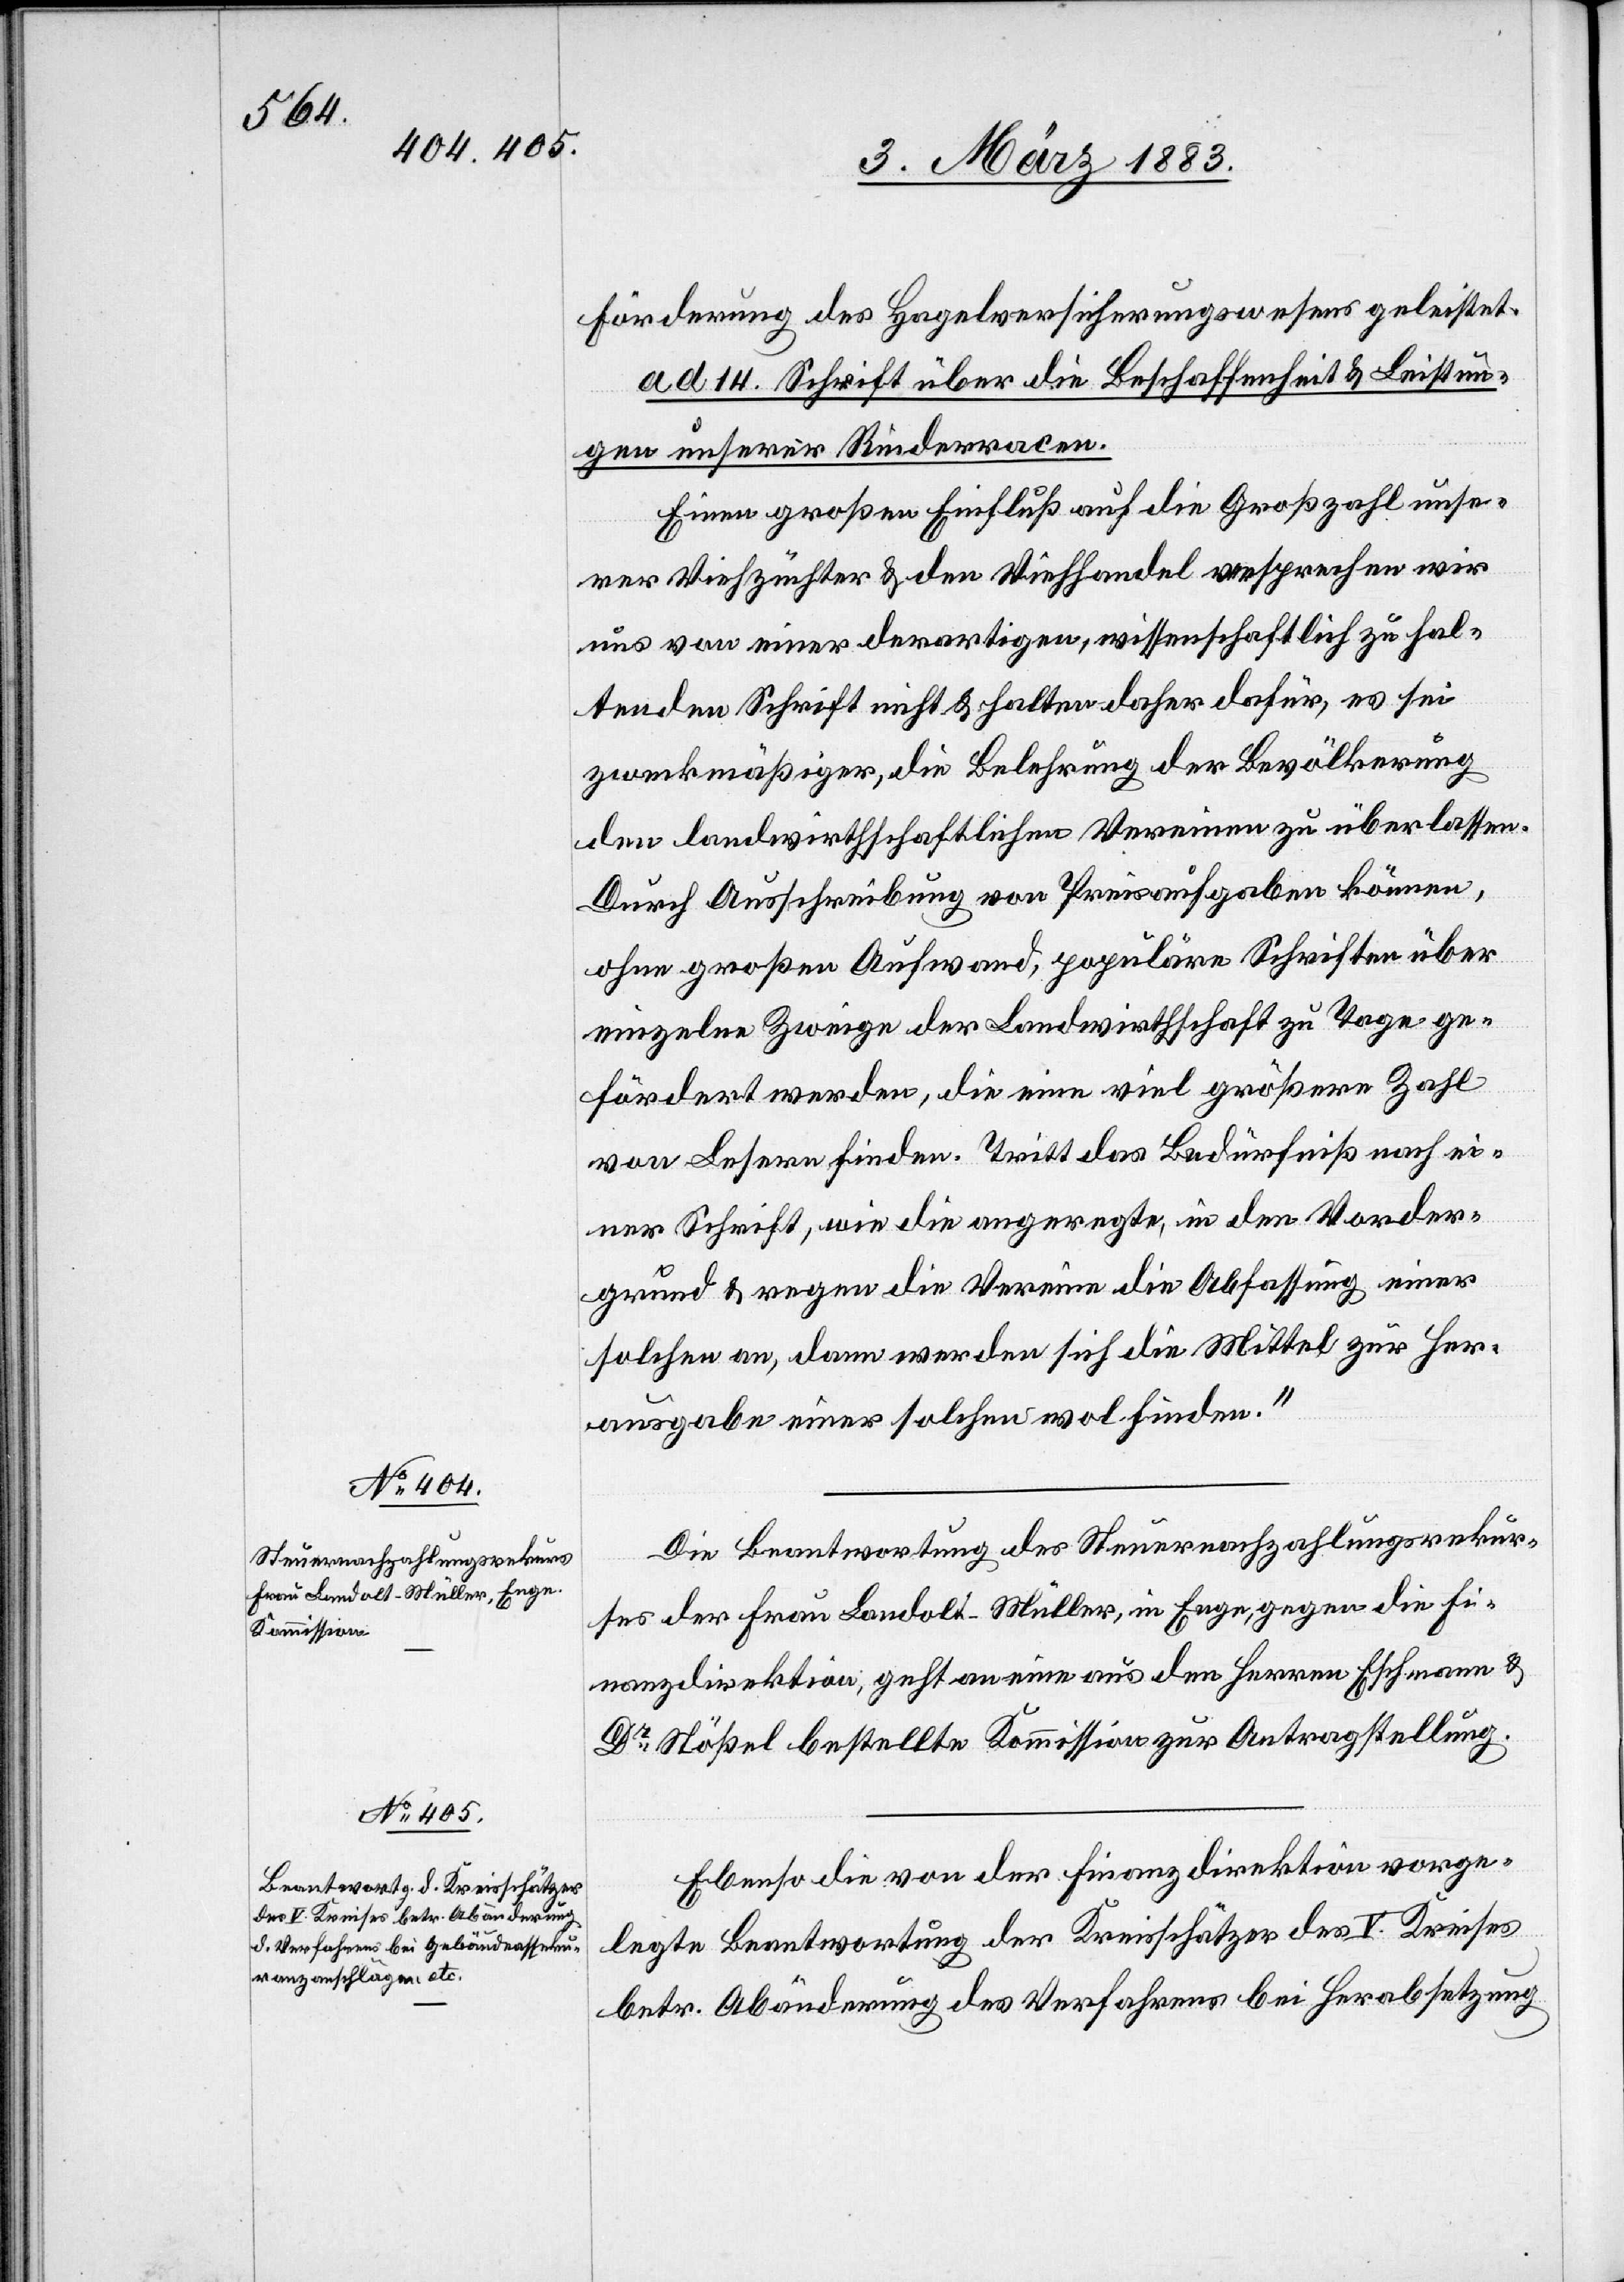
Förderung des Hagelversicherungswesens geleistet.
ad 14. Schrift über die Beschaffenheit & Leistun¬
gen unserer Rinderracen.
Einen großen Einfluß auf die Großzahl unse¬
rer Viehzüchter & den Viehhandel versprechen wir
uns von einer derartigen, wissenschaftlich zu hal¬
tenden Schrift nicht & halten daher dafür, es sei
zweckmäßiger, die Belehrung der Bevölkerung
den landwirthschaftlichen Vereinen zu überlassen.
Durch Ausschreibung von Preisaufgaben können,
ohne großen Aufwand, populäre Schriften über
einzelne Zweige der Landwirthschaft zu Tage ge¬
fördert werden, die eine viel größere Zahl
von Lesern finden. Tritt das Bedürfniß nach ei¬
ner Schrift, wie die angeregte, in den Vorder¬
grund & regen die Vereine die Abfassung einer
solchen an, dann werden sich die Mittel zur Her¬
ausgabe einer solchen wol finden.“
Die Beantwortung des Steuernachzahlungsrekur¬
ses der Frau Landolt-Müller, in Enge, gegen die Fi¬
nanzdirektion, geht an eine aus den Herren Eschmann &
Dr Stößel bestellte Kommission zur Antragstellung.
Ebenso die von der Finanzdirektion vorge¬
legte Beantwortung der Kreisschätzer des V. Kreises
betr. Abänderung des Verfahrens bei Herabsetzung